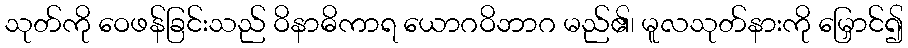
သုတ်ကို ဝေဖန်ခြင်းသည် ဝိနာဓိကာရ ယောဂဝိဘာဂ မည်၏၊ မူလသုတ်နားကို မြှောင်၍